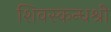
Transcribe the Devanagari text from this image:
शिवस्कन्धश्री